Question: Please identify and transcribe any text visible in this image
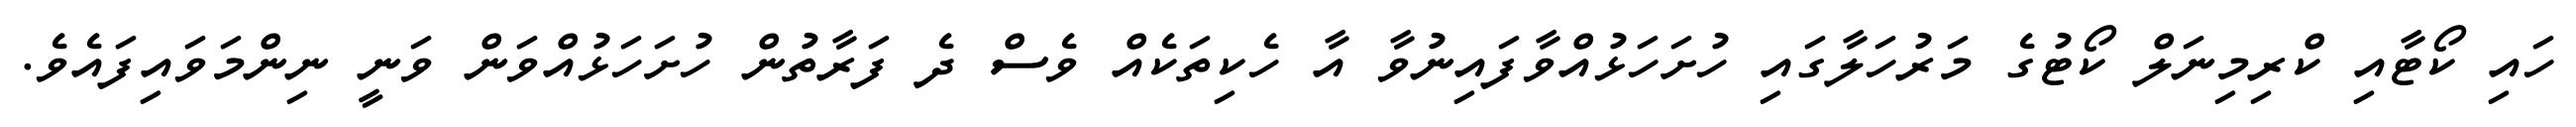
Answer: ހައި ކޯޓާއި ކްރިމިނަލް ކޯޓުގެ މަރުހަލާގައި ހުށަހަޅުއްވާފައިނުވާ އާ ހެކިތަކެއް ވެސް ދެ ފަރާތުން ހުށަހަޅުއްވަން ވަނީ ނިންމަވައިފައެވެ.